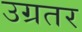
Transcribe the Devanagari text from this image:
उग्रतर